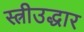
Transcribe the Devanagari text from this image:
स्त्रीउद्धार